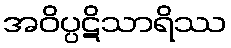
အဝိပ္ပဋိသာရိဿ